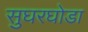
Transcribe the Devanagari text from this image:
सुघरघोडा